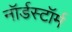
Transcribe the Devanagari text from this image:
नॉर्डस्टॉर्म